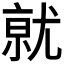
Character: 𭕒